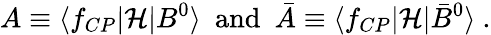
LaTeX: A\equiv\langle f_{CP}|\mathcal{H}|B^{0}\rangle\ \ \textrm{and}\ \ \bar{A}\equiv\langle f_{CP}|\mathcal{H}|\bar{B}^{0}\rangle\ .